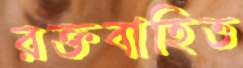
রক্তবাহিত